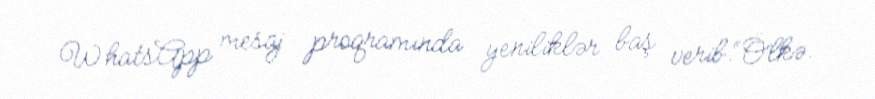
WhatsApp mesaj proqramında yeniliklər baş verib.“Ölkə.